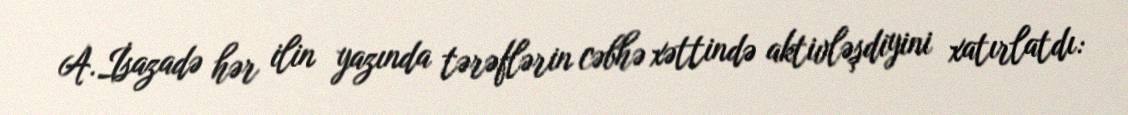
A.İsazadə hər ilin yazında tərəflərin cəbhə xəttində aktivləşdiyini xatırlatdı: